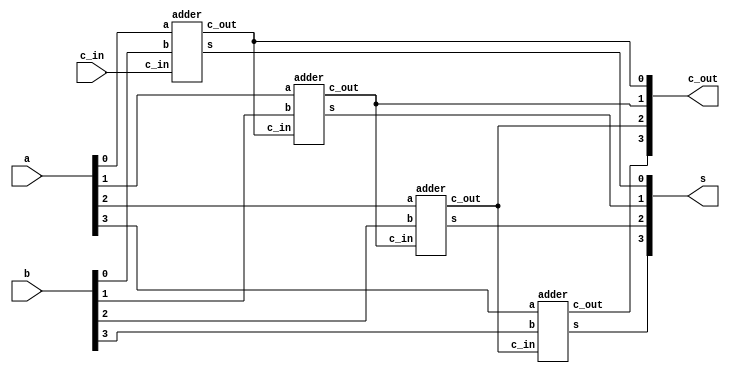
`timescale 1ns / 1ns // `timescale time_unit/time_precision

module part1(a, b, c_in, s, c_out);
	input [3:0]a,b;
	input c_in;
	output [3:0]s;
	output [3:0]c_out;
	wire c1, c2, c3;
	adder bit0(a[0], b[0], c_in, s[0], c_out[0]);
	adder bit1(a[1], b[1], c_out[0], s[1], c_out[1]);
	adder bit2(a[2], b[2], c_out[1], s[2], c_out[2]);
	adder bit3(a[3], b[3], c_out[2], s[3], c_out[3]);
endmodule


module adder(input a, b, c_in, output s, c_out);
	assign s = a^b^c_in;
	assign c_out = (a & b)|(b & c_in)|(a & c_in);
endmodule